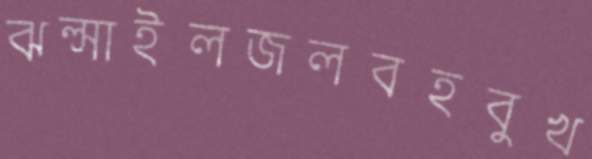
ঝল্‌সাইলজলবহবুখ